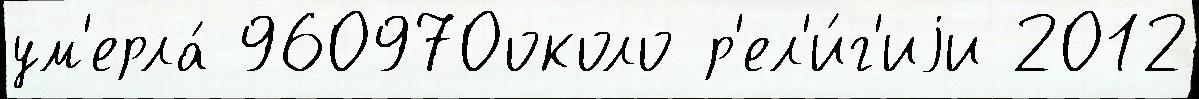
ум'ерла́ 960970около р'ел'и́г'иjи 2012